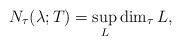
LaTeX: \begin{align*}N_\tau(\lambda;T)=\sup_L \dim_\tau L,\end{align*}